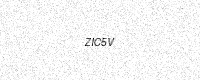
Text: ZIC5V